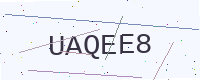
Text: UAQEE8